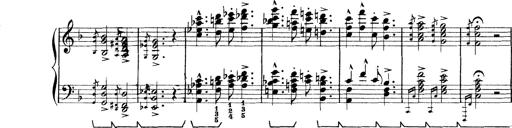
Title: Rapsodie: 19 ungheresi, 1 spagnuola
Composer: Franz Liszt